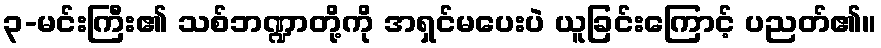
၃-မင်းကြီး၏ သစ်ဘဏ္ဍာတို့ကို အရှင်မပေးပဲ ယူခြင်းကြောင့် ပညတ်၏။